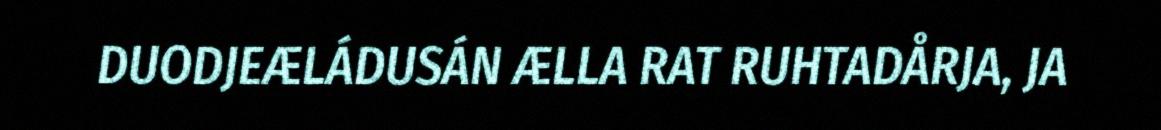
DUODJEÆLÁDUSÁN ÆLLA RAT RUHTADÅRJA, JA